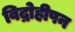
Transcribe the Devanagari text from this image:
विद्रोहीपन